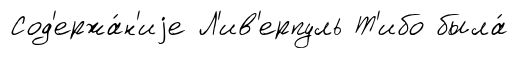
Сод'ержа́н'иjе Л'ив'ерпуль Т'ибо была́